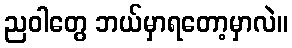
ညဝါတွေ ဘယ်မှာရတော့မှာလဲ။